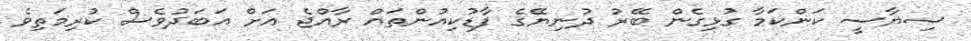
ސިޔާސީ ކަންކަމާ ގުޅިގެން ބޭރު ދުނިޔޭގެ ފާޑުކިއުންތައް ރާއްޖެ އަށް އަބަދުވެސް ކުރިމަތިވެ